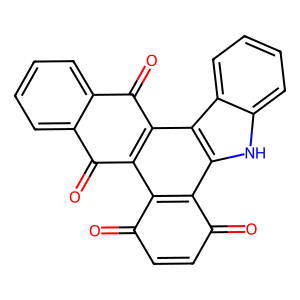
SMILES: O=c1ccc(=O)c2c1c1[nH]c3ccccc3c1c1c(=O)c3ccccc3c(=O)c21
Inhibits HIV replication: No